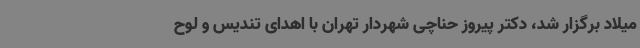
میلاد برگزار شد، دکتر پیروز حناچی شهردار تهران با اهدای تندیس و لوح